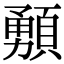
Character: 𩔘